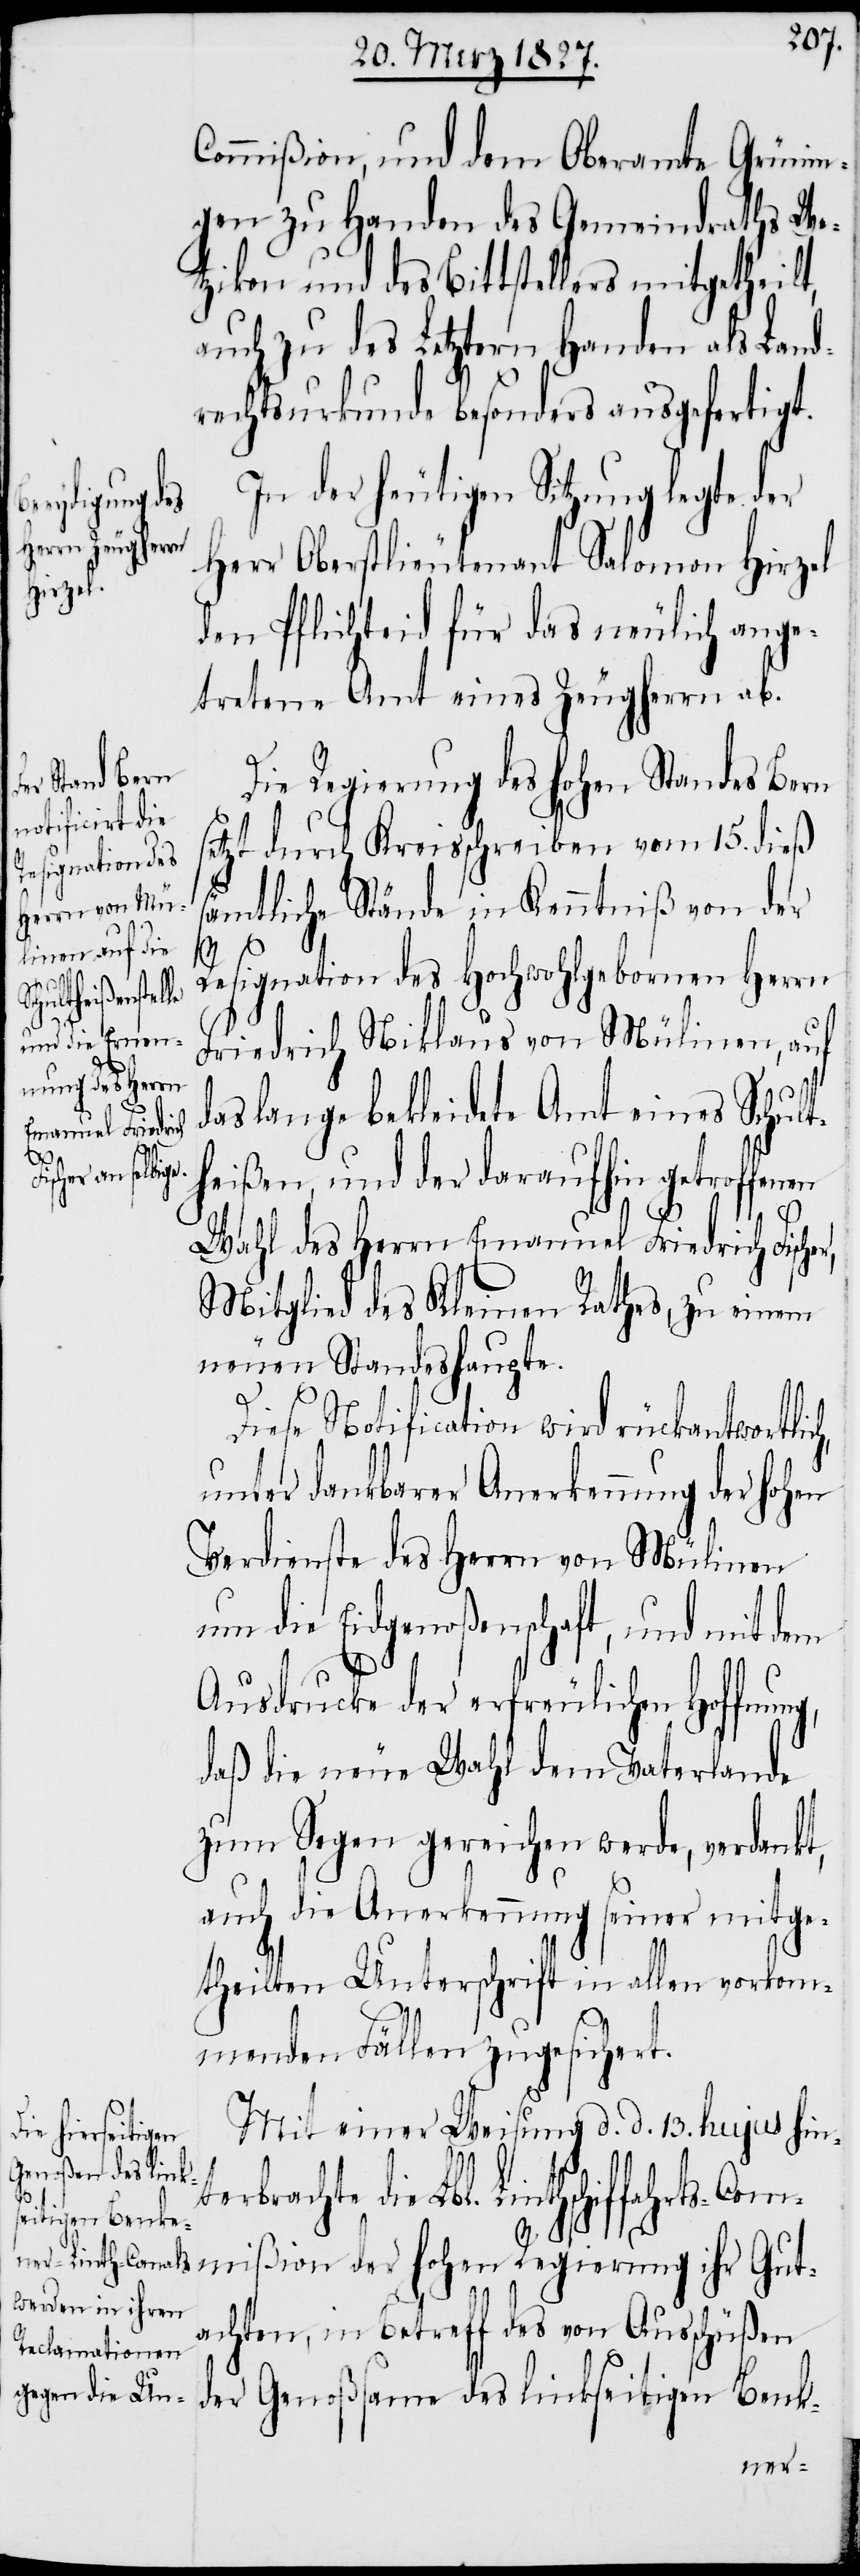
rachte di¬
s¬

Commißion, und dem Oberamte Grünin¬
gen zu Handen des Gemeindraths We¬
tzikon und des Bittstellers mitgetheilt,
und zu des Letztern Handen als Land¬
rechtsurkunde besonders ausgefertigt.
In der heutigen Sitzung legte der
Herr Oberstlieutenant Salomon Hirzel
den Pflichteid für das neulich ange¬
tretene Amt eines Zeugherrn ab.
Die Regierung des hohen Standes Bern
etzt durch Kreisschreiben vom 15. dieß
sämtliche Stände in Kenntniß von der
Resignation des Hochwohlgebornen Herrn
Friedrich Niklaus von Mülinen, auf
das lange bekleidete Amt eines Schult¬
heißen, und der daraufhin getroffenen
Wahl des Herrn Emanuel Friedrich Fischer,
Mitglied des Kleinen Rathes, zu einem
neuen Standeshaupte.
Diese Notification wird rückantwortlic¬
unter dankbarer Anerkennung der hohen
Verdienste des Herrn von Mülinen
um die Eidgenoßenschaft, und mit dem
h,
Ausdrucke der erfreulichen Hoffnung,
daß die neue Wahl dem Vaterlande
zum Segen gereichen werde, verdankt,
auch die Anerkennung seiner mitge¬
theilten Unterschrift in allen vorkom¬
menden Fällen zugesichert.
Mit einer Weisung d. d. 13. hujus hin¬
e Lbl. Linthschiffahrts-Com¬
mißion der hohen Regierung ihr Gut¬
achten, in Betreff des von Ausschüßen
der Genoßsame des linkseitigen Benk-
terb¬